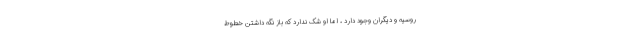
روسیه و دیگران وجود دارد ، اما او شک ندارد که باز نگه داشتن خطوط